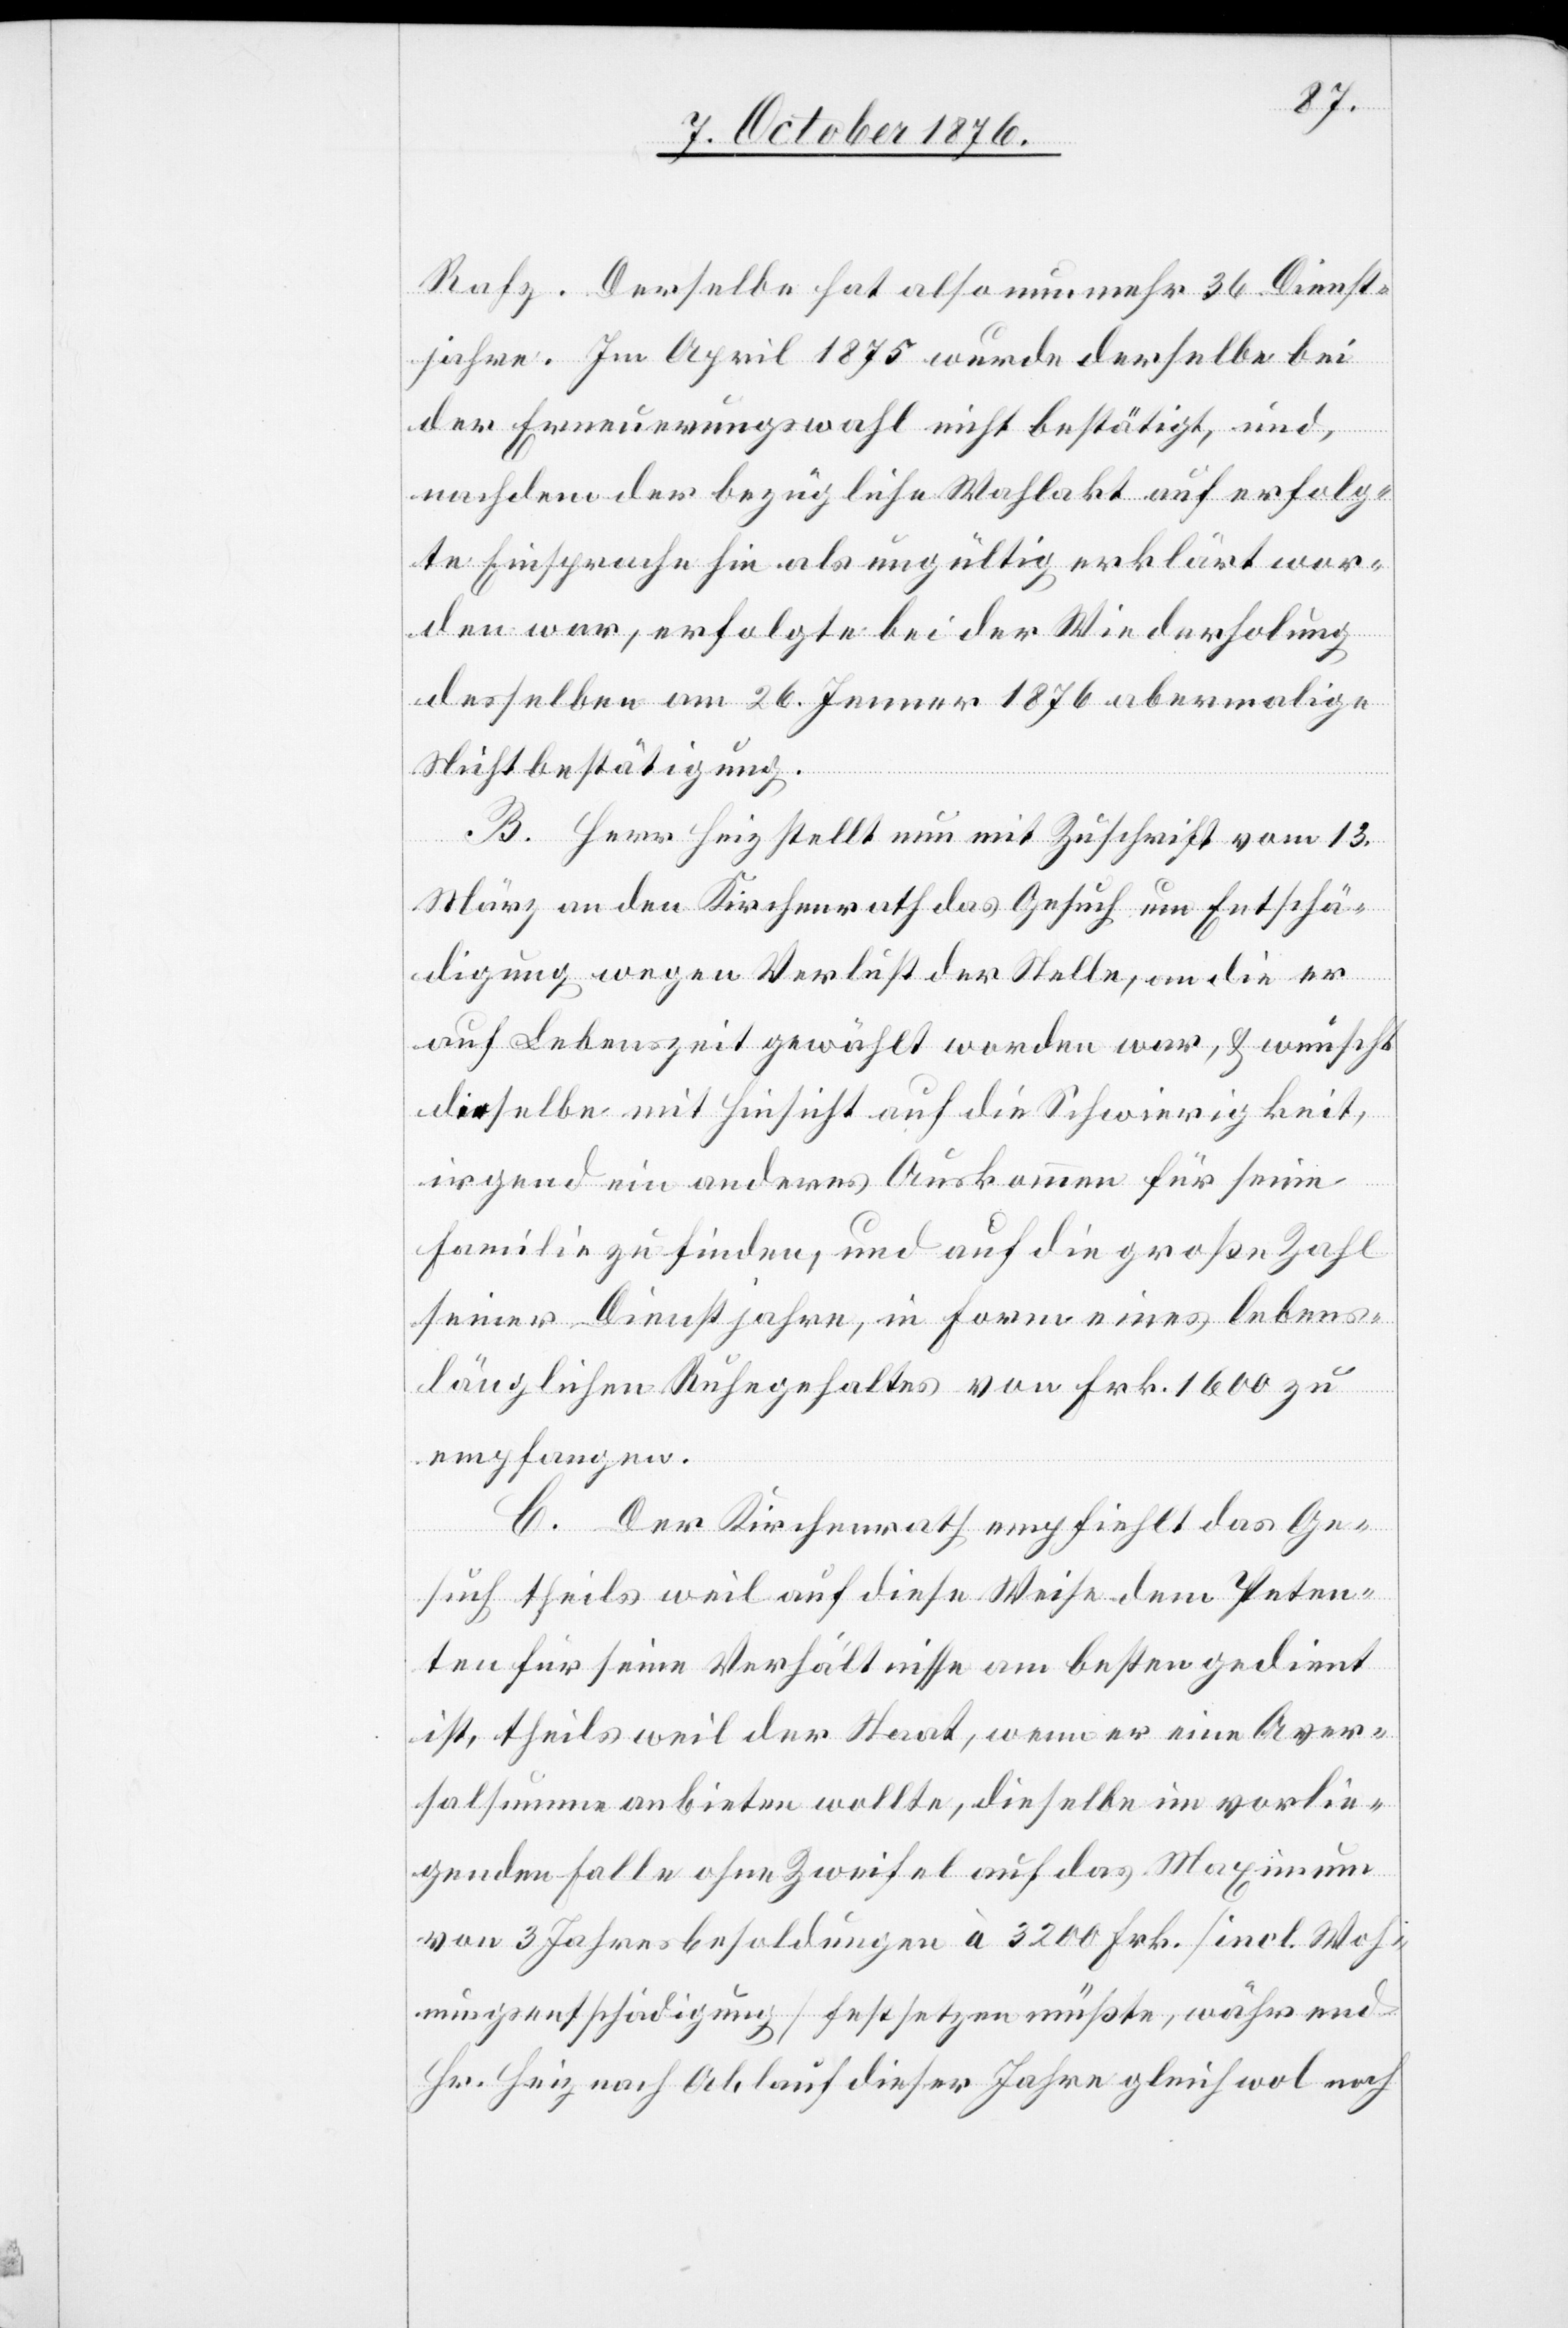
Rafz. Derselbe hat also nunmehr 36 Dienst¬
jahre. Im April 1875 wurde derselbe bei
der Erneuerungswahl nicht bestätigt, und,
nachdem der bezügliche Wahlakt auf erfolg¬
te Einsprache hin als ungültig erklärt wor¬
den war, erfolgte bei der Wiederholung
derselben am 26. Jenner 1876 abermalige
Nichtbestätigung.
B. Herr Heiz stellt nun mit Zuschrift vom 13.
März an den Kantonsrath das Gesuch um Entschä¬
digung wegen Verlust der Stelle, an die er
auf Lebenszeit gewählt worden war, & wünscht
dieselbe mit Hinsicht auf die Schwierigkeit
irgend ein anderes Auskommen für seine
Familie zu finden, und auf die große Zahl
seiner Dienstjahre, in Form eines lebens¬
länglichen Ruhegehaltes von Frk. 1600 zu
empfangen.
C. Der Kirchenrath empfiehlt das Ge¬
such theils weil auf diese Weise dem Peten¬
ten für seine Verhältnisse am besten gedient
ist, theils weil der Staat, wenn er eine Aver¬
salsumme anbieten wollte, dieselbe im vorlie¬
genden Falle ohne Zweifel auf das Maximum
von 3 Jahresbesoldungen à 3200 Frk. [incl. Woh¬
nungsentschädigung] festsetzen müßte, während
Hr. Heiz nach Ablauf dieser Jahre gleich wol noch